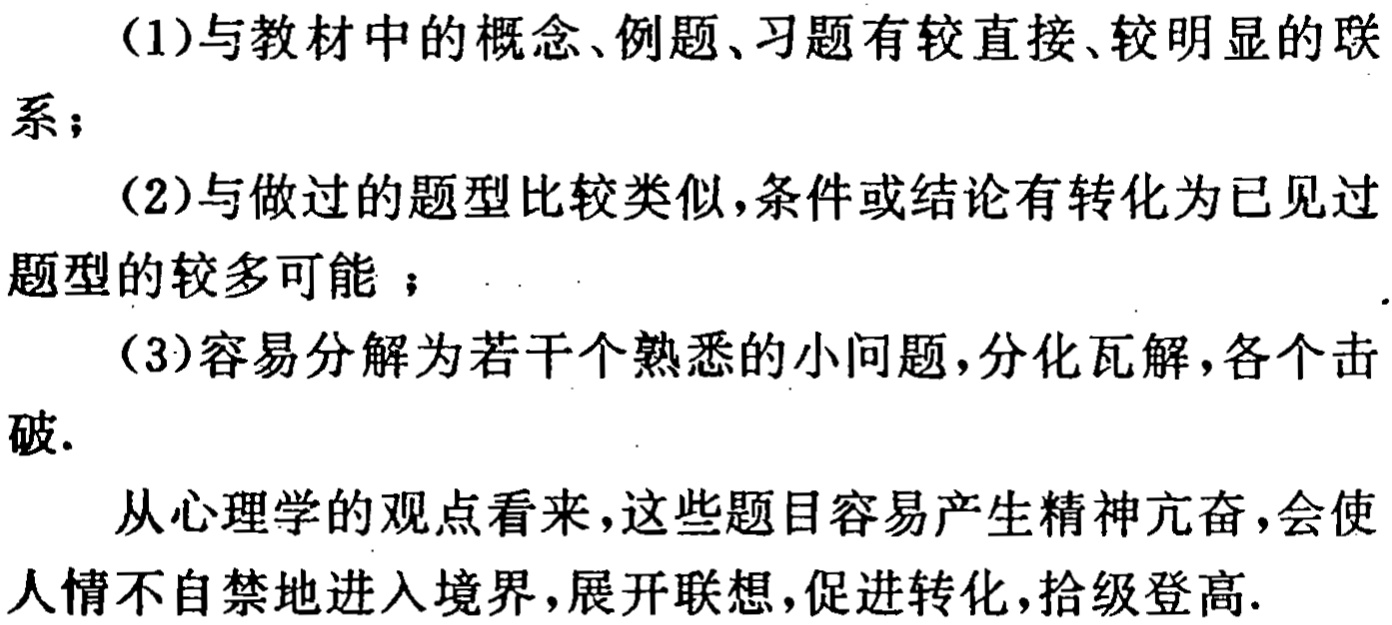
(1)与教材中的概念、例题、习题有较直接、较明显的联系；
(2)与做过的题型比较类似,条件或结论有转化为已见过题型的较多可能 ；
(3)容易分解为若干个熟悉的小问题,分化瓦解,各个击破.

从心理学的观点看来,这些题目容易产生精神亢奋,会使人情不自禁地进入境界,展开联想,促进转化,拾级登高.